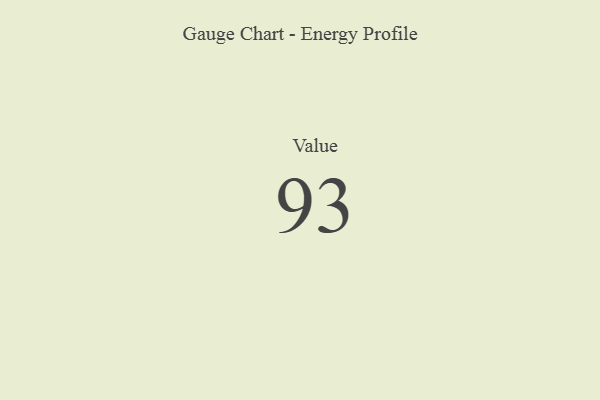
{"axis": {"x": "Metric", "y": "Value"}, "legend": [""], "data": [{"x": "Value", "y": 93, "type": ""}]}